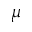
\mu